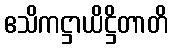
ဧသိကဋ္ဌာယိဋ္ဌိတာတိ